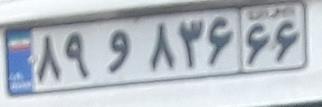
۸۹و۸۳۶۶۶